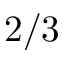
2 / 3